King Institute of Preventive Medicine Micro-Biological Section reports 1909-11
Year: 1909
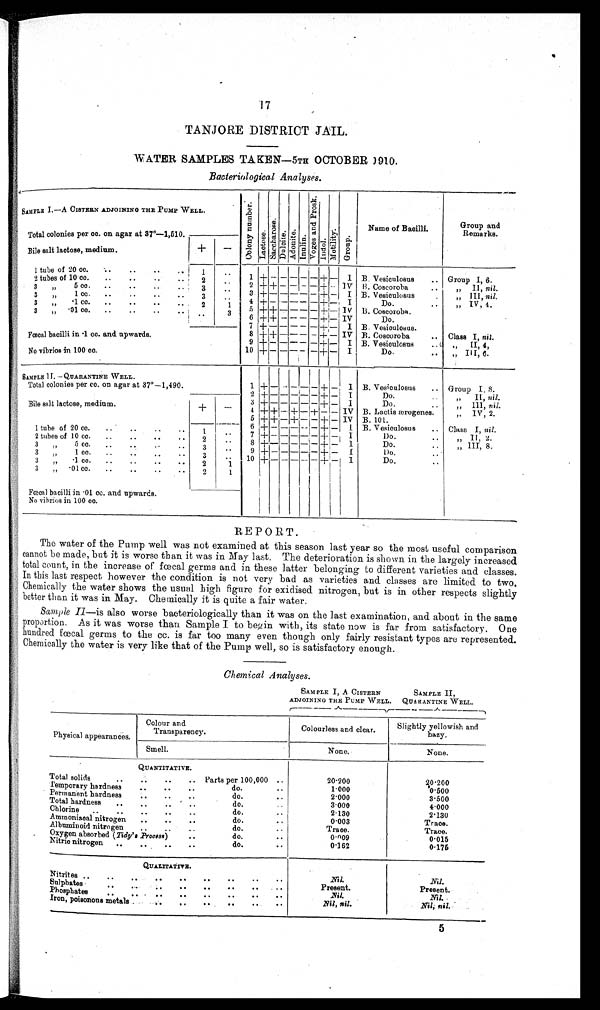
17
TANJORE DISTRICT JAIL.
WATER SAMPLES TAKEN—5TH OCTOBER 1910.
Bacteriological Analyses.
SAMPLE I.–A CISTERN ADJOINING THE PUMP WELL.
C o l o n y n u m b e r .
L a c t o s e .
S a c c h a r o s e .
D u l o i t e . A d o n i t e . I n u l i n .
V o g e s a n d P r o s k .
I n d o l .
M o t i l i t y .
G r o u p .
Name of Bacilli.
Group
a n d R e m a r k s .
Total colonies per cc. on agar at 37°—1,510.
Bile salt lactose, medium.
+
_
1 tube of 20 cc.
..
.. ..
1
..
1 + – – – – – + – I B. Vesiculosus
.. Group I, 6.
2 tubes of l 0 c c .
..
..
..
2
..
2 + + – – – – + –
I V B. Coscoroba . .
„ II, nil.
3
„
1 cc.
..
..
..
..
3
. .
3
+ – – – – – + – I B. Vesiculosus
.
„ III, nil.
3
„
. 1 c c .
..
..
..
..
3
. . 4
+ – – – – – + – I
Do.
..
„ IV, 4.
3
„
· 1 c c .
..
..
2
1
5
+
+ – – – – + – IV B. Coscoroba.
3
" ·01 cc.
..
..
..
..
..
3
6
+ + – – – – + – IV
Do.
7 + – – – – – + – I B. Vesioulosus.
Fœcal bacilli in .1 cc. and. upwards.
8 + + – – – – + – IV B. Coscoroba
.. Class I, nil.
9 + – – – – – + – I B. Vesiculosus
...
,,
II, 4,
No vibrios in 100 cc.
10 +
–
– –
– –
+ –
I
Do.
..
„ III, 6.
SAMPLE II. —QUARANTINE WELL
Total colonies per co. on agar at 37°—1,490.
1
+ – – – –
– + – I B. Vesiculosus
.. Group I, 8.
2
+ – – – – – + – I
D o . . .
„
II, nil .
+
Bile salt lactose, medium.
3
+ – – – – – + – I
Do.
..
„ In, nil.
–
4
+ + –. + – + – – IV B. Lactis ærogenes.
„ IV, 2.
5
+ + – + – – + – IV B. 101.
1 tube of 20 cc
1
. .
6
+ – – – – – + – I B. Vesiculosus
.. Class I, nil.
7
+ – – – – – + –
I
Do.
..
,,I
2
.
2 tubes of 10 cc.
..
..
..
..
2
. .
8
+ – – – – - + –
I
Do.
..
„ III, 8.
3
, , 5 cc.
.. .. ..
3
. .
9 + – - - – – + – I
Do.
. .
3
, , 1 cc.
.. .... .. ..
3
. .
10 + – – – – – + –
I
Do.
..
3
" .1 cc.
. . . . . . . .
2
1
3
„
.01 cc.
..
..
..
..
2
1
Fœcal bacilli in .01 cc. and upwards.
No vibrios in 100 cc.
REPORT.
The water of the Pump well was not examined at this season last year so the most useful comparison
cannot be made, but it is worse than it was in May last. The deterioration is shown in the largely increased
total count, in the increase of fœtal germs and in these latter belonging to different varieties and classes.
In this last respect however the condition is not very bad as varieties and classes are limited to two.
Chemically the water shows the usual high figure for exidised. nitrogen, but is in other respects slightly
better than it was in May. Chemically it is quite a fair water.
Sample II.—isa l s o w o r s e b a c t e r i o l o g i c a l l y t h a n i t w a s o n t h e l a s t e x a m i n a t i o n , a n d a b o u t i n t h e s a m e
proportion. As it was worse than. Sample I to begin with, its state now is far from satisfactory. One
hundred fœtal germs to the cc. is far too many even though only fairly resistant types are represented.
Chemically the water is very like that of the Pump well, so is satisfactory enough.
Chemical Analyses.
SAMPLE I, A CISTERN
ADJOINING THE PUMP WELL.
SAMPLE II,
QUARANTINE WELL.
Physical appearances.
Colour and
Transparency.
Colourless and clear.
Slightly yellowish and
hazy.
Smell.
None.
None.
QUANTITATIVE.
Total solids
..
..
..
.. Parts per 100,000 ..
20.200
20.200
Temporary hardness
..
.. ..
do.
..
1·000
0·500
Permanent hardness
..
..
..
do.
. .
2·000
3·500
Total hardness
..
..
..
..
d o . . .
3·000
4·000
Chlorine
..
..
..
..
..
d o . . .
2 · 1 3 0
2 · 1 3 0
Ammoniacal nitrogen
..
..
..
d o . . .
0·003
Trace.
Albuminoid nitrogen
..
..
..
do.
. .
Trace.
Trace.
Oxygen absorbed (Tidy's Process)
..
do.
. .
0·009
0·015
Nitric nitrogen
..
..
..
..
do.
..
0 · 1 6 2
0·175
QUALITATIVE.
Nitrites ..
..
..
..
..
..
..
..
..
N i l
Nil.
Sulphates
..
..
. . ..
..
..
Present.
Present
Phosphates
..
..
. .
. .
. .
..
..
..
..
Nil.
Nil.
Iron, poisonous metals .
. . . . .
. . . . . . . .
Nil, nil.
Nil, nil.
5